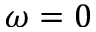
\omega = 0